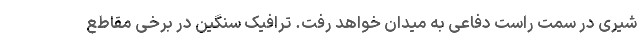
شیری در سمت راست دفاعی به میدان خواهد رفت. ترافیک سنگین در برخی مقاطع